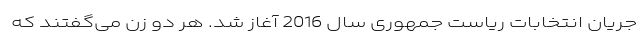
جریان انتخابات ریاست جمهوری سال 2016 آغاز شد. هر دو زن می‌گفتند که